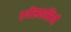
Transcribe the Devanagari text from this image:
एथेंसवासियों